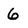
Character: 6